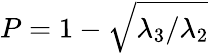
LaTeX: P=1-\sqrt{\lambda_{3}/\lambda_{2}}